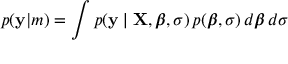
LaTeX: p ( \mathbf { y } | m ) = \int p ( \mathbf { y } \mid \mathbf { X } , { \boldsymbol { \beta } } , \sigma ) \, p ( { \boldsymbol { \beta } } , \sigma ) \, d { \boldsymbol { \beta } } \, d \sigma